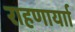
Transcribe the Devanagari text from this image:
राहणार्याा